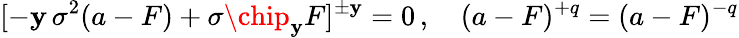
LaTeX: [-\mathbf{y}\, \sigma^{2}(a-F)+\sigma\chip_{\mathbf{y}}F]^{\pm\mathbf{y}}=0\, ,\quad(a-F)^{+q}=(a-F)^{-q}